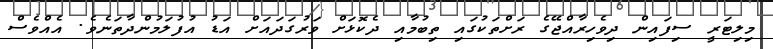
މިލިޓަރީ ސިފައިން ދިވެހިރާއްޖޭގެ ރަށްތަކުގައި ތިބުމާއި ދެކޮޅަށް ވަރުގަދައަށް އަޑު އުފުލަމުންދާތަނެވެ. އެއްވެސް